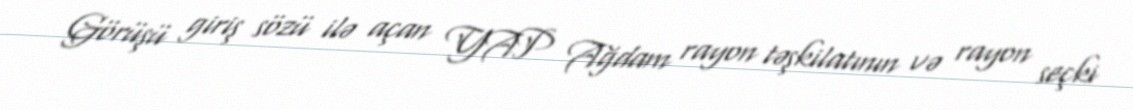
Görüşü giriş sözü ilə açan YAP Ağdam rayon təşkilatının və rayon seçki